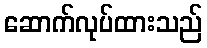
ဆောက်လုပ်ထားသည်